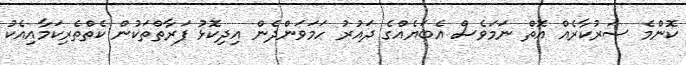
ކޮންމެ ސަރުކާރެއް އޮތް ނަމަވެސް އެބަޔެއްގެ ދައުރު ހަމަވަންދެން އިދިކޮޅު ފަރާތްތަކުން ކެތްތެރިކަމާއިއެކު